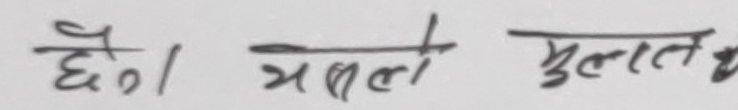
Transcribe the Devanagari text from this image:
छै। भर्ला मुलता